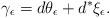
LaTeX: \begin{align*}\gamma_{\epsilon}=d\theta_{\epsilon}+d^*\xi_{\epsilon}.\end{align*}